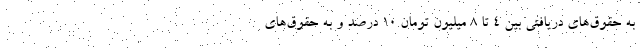
به حقوق‌های دریافتی بین 4 تا 8 میلیون تومان 10 درصد و به حقوق‌های